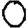
Digit: 0